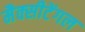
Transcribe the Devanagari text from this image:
मैक्‍सीटेंगल